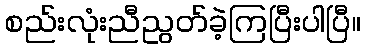
စည်းလုံးညီညွတ်ခဲ့ကြပြီးပါပြီ။